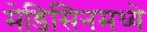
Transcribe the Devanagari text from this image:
मेडिसिनमध्ये